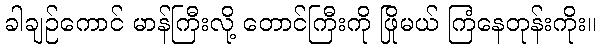
ခါချဉ်ကောင် မာန်ကြီးလို့ တောင်ကြီးကို ဖြိုမယ် ကြံနေတုန်းကိုး။